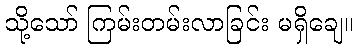
သို့သော် ကြမ်းတမ်းလာခြင်း မရှိချေ။